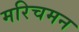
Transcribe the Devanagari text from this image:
मरिचमन